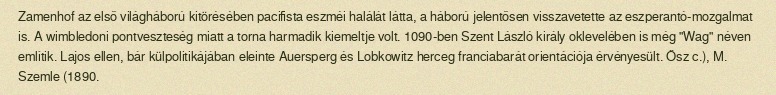
Zamenhof az első világháború kitörésében pacifista eszméi halálát látta, a háború jelentősen visszavetette az eszperantó-mozgalmat is. A wimbledoni pontveszteség miatt a torna harmadik kiemeltje volt. 1090-ben Szent László király oklevelében is még "Wag" néven említik. Lajos ellen, bár külpolitikájában eleinte Auersperg és Lobkowitz herceg franciabarát orientációja érvényesült. Ősz c.), M. Szemle (1890.